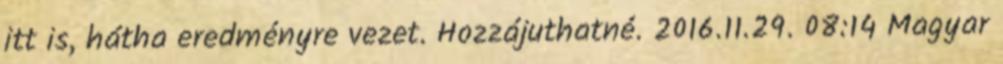
itt is, hátha eredményre vezet. Hozzájuthatné. 2016.11.29. 08:14 Magyar